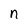
Character: n